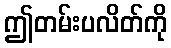
ဤတမ်းပလိတ်ကို